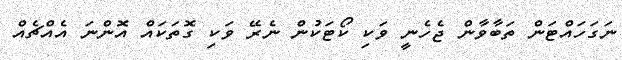
ނަގަހައްޓަން ތަބާވާން ޖެހެނީ ވަކި ކޯޓަކުން ނެރޭ ވަކި ގޮތަކައް އޮންނަ އެއްޗެއް